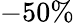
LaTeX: -50\%